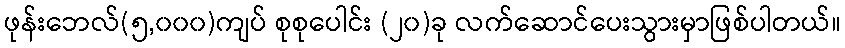
ဖုန်းဘေလ်(၅,၀၀၀)ကျပ် စုစုပေါင်း (၂၀)ခု လက်ဆောင်ပေးသွားမှာဖြစ်ပါတယ်။